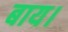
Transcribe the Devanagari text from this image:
बाय।